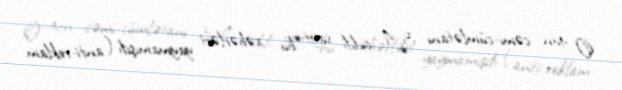
O gün cəmi-cümlətanı 3-4 ciddi sayt bu xəbərləri yaymamışdı (anti-reklam